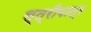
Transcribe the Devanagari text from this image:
स्त्रीपात्र